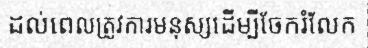
ដល់ពេលត្រូវការមនុស្សដើម្បីចែករំលែក